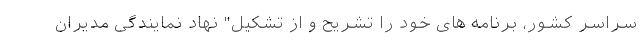
سراسر کشور، برنامه های خود را تشریح و از تشکیل" نهاد نمایندگی مدیران